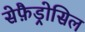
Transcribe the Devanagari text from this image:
सेफ़ैड्रोसिल